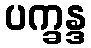
ပက္ခန္ဒ